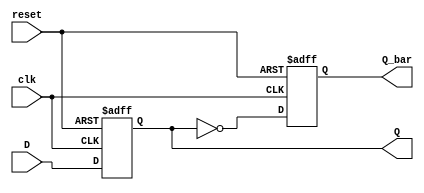
module d_flip_flop (
    input wire clk, // Clock input
    input wire reset, // Reset input
    input wire D, // Data input
    output reg Q, // Output Q
    output reg Q_bar // Output Q'
);

// Sequential logic block
always @(posedge clk or posedge reset) begin
    if (reset) begin
        Q <= 1'b0; // Reset value for Q
        Q_bar <= 1'b1; // Reset value for Q'
    end else begin
        Q <= D; // Store D input on rising edge of clock
        Q_bar <= ~Q; // Complementary output
    end
end

endmodule